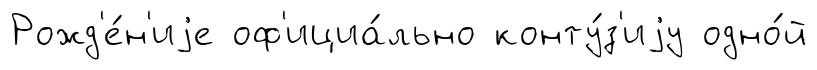
Рожд'е́н'иjе оф'ициа́льно конту́з'иjу одно́й